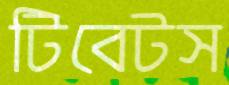
টিবেটস